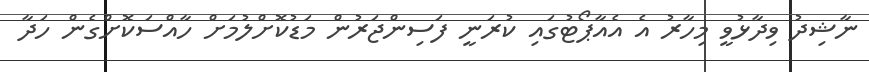
ނާޝިދު ވިދާޅުވީ މިހާރު އެ އެއާޕޯޓުގައި ކުރަނީ ފަސިންޖަރުން މަޑުކޮށްލުމަށް ހާއްސަކޮށްގެން ހަދާ